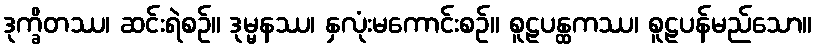
ဒုက္ခိတဿ၊ ဆင်းရဲစဉ်။ ဒုမ္မနဿ၊ နှလုံးမကောင်းစဉ်။ စူဠပန္ထကဿ၊ စူဠပန်မည်သော။